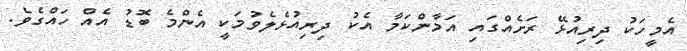
އެމީހަކު ދިރިއުޅޭ ރަށެއްގައި އަމާންކަމާ އެކު ދިރިއުޅެލެވުމަކީ އެންމެ ބޮޑު އެއް ހައްގެވެ.